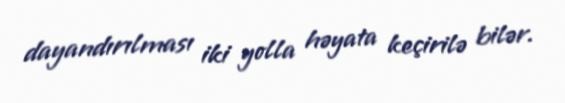
dayandırılması iki yolla həyata keçirilə bilər.